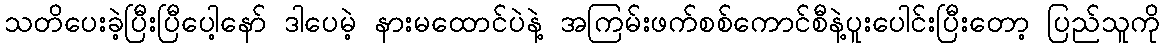
သတိပေးခဲ့ပြီးပြီပေါ့နော် ဒါပေမဲ့ နားမထောင်ပဲနဲ့ အကြမ်းဖက်စစ်ကောင်စီနဲ့ပူးပေါင်းပြီးတော့ ပြည်သူကို